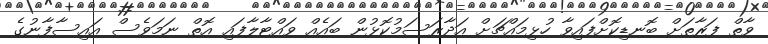
ވާތް ފަރާތަށް ބޮނޑިކޮށްފައިވާ ހުޅިމައްޗަށް އަދާރަސަމުކޮޅުން ބައެއް ވައްޓާލާފައި އޮތް ނަމަވެސް އައިސާފާނުގެ